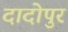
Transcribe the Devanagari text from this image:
दादोपुर